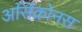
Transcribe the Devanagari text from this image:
असिंक्रोनस